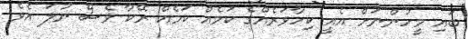
ބައި މީހުންނަށް އެއީ ކިހާވަރެއްގެ ކަމެއް ކަމެއް ރޭކާ ވެސް ނުލަ އެވެ.